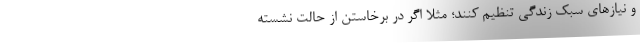
و نیازهای سبک زندگی تنظیم کنند؛ مثلا اگر در برخاستن از حالت نشسته